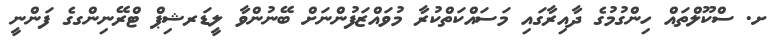
ށ. ސްކޫލްތައް ހިންގުމުގެ ދާއިރާގައި މަސައްކަތްކުރާ މުވައްޒަފުންނަށް ބޭނުންވާ ލީޑަރޝިޕް ޓްރޭނިންގގެ ފަންނީ